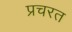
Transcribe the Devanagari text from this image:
प्रचरत